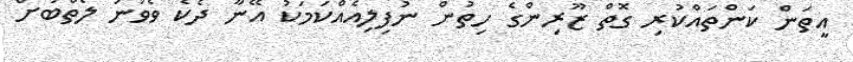
އީތަން ކަންތައްކުރި ގޮތް ޒޫރިންގެ ހިތުން ނުފިލިއެއްކަމަކު އޭނާ ދެކެ ވެވުނު ލޯތްބަށް